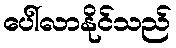
ပေါ်လာနိုင်သည်